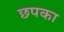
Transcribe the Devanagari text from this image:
छपका